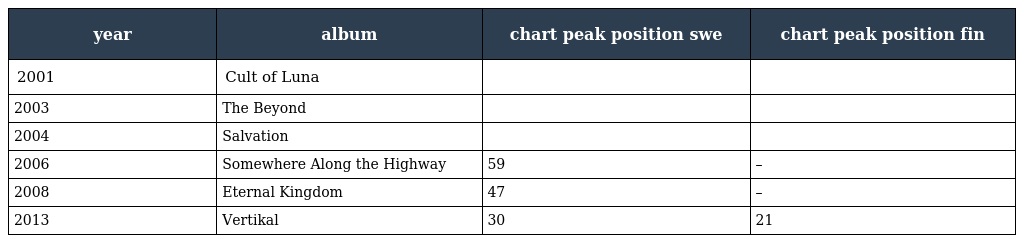
| year | album | chart peak position swe | chart peak position fin |
 | --- | --- | --- | --- |
 | 2001 | Cult of Luna |  |  |
 | 2003 | The Beyond |  |  |
 | 2004 | Salvation |  |  |
 | 2006 | Somewhere Along the Highway | 59 | – |
 | 2008 | Eternal Kingdom | 47 | – |
 | 2013 | Vertikal | 30 | 21 |